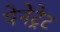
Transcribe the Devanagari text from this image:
पेनेट्रेट